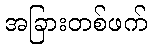
အခြားတစ်ဖက်